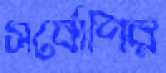
সর্বোপির